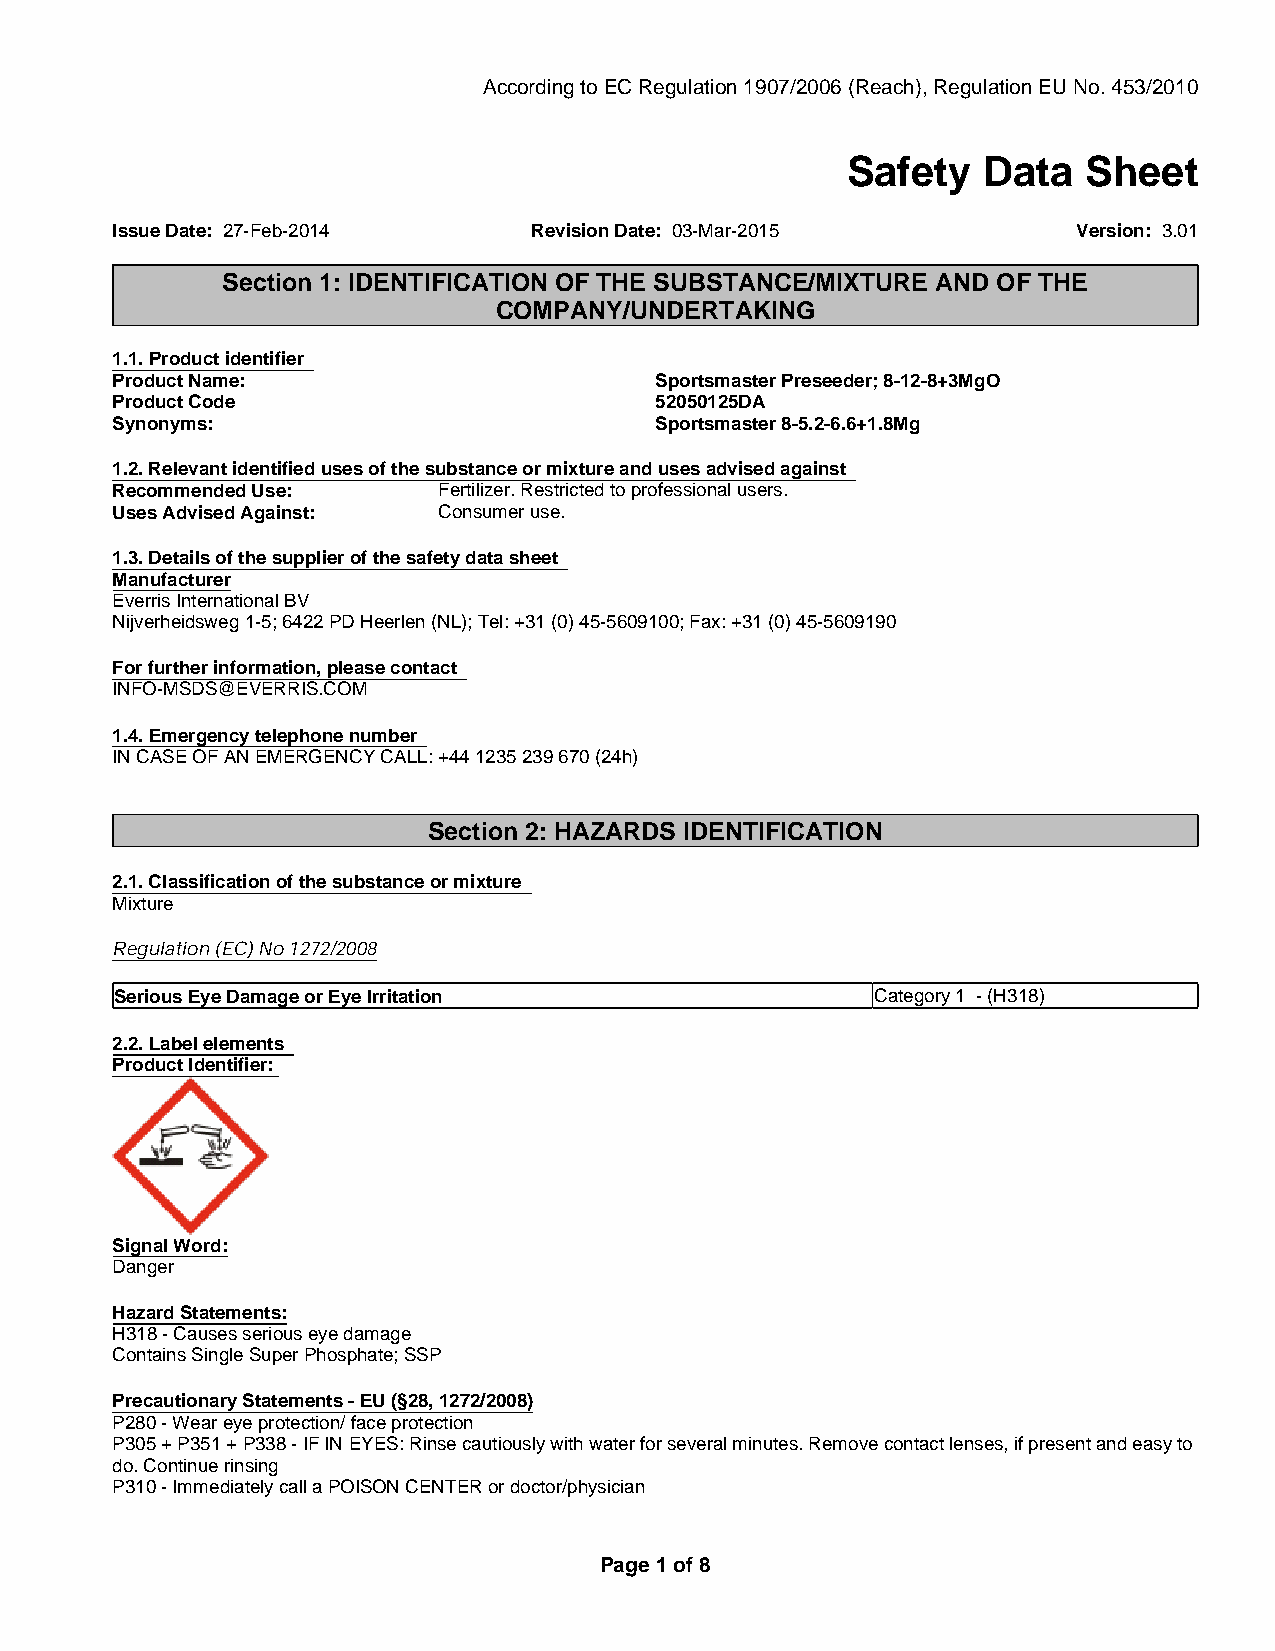
According to EC Regulation 1907/2006 (Reach), Regulation EU No. 453/2010
 Safety   Data   Sheet
 Issue Date: 27-Feb-2014     Revision Date: 03-Mar-2015          Version: 3.01
 Section 1: IDENTIFICATION OF THE SUBSTANCE/MIXTURE AND OF THE
 COMPANY/UNDERTAKING
 1.1. Product identifier
 Product Name:                       Sportsmaster Preseeder; 8-12-8+3MgO
 Product Code                        52050125DA
 Synonyms:                           Sportsmaster 8-5.2-6.6+1.8Mg
 1.2. Relevant identified uses of the substance or mixture and uses advised against
 Recommended Use:      Fertilizer. Restricted to professional users.
 Uses Advised Against: Consumer use.
 1.3. Details of the supplier of the safety data sheet
 Manufacturer
 Everris International BV
 Nijverheidsweg 1-5; 6422 PD Heerlen (NL); Tel: +31 (0) 45-5609100; Fax: +31 (0) 45-5609190
 For further information, please contact
 INFO-MSDS@EVERRIS.COM
 1.4. Emergency telephone number
 IN CASE OF AN EMERGENCY CALL: +44 1235 239 670 (24h)
 Section 2: HAZARDS IDENTIFICATION
 2.1. Classification of the substance or mixture
 Mixture
 Regulation (EC) No 1272/2008
 Serious Eye Damage or Eye Irritation              Category 1 - (H318)
 2.2. Label elements
 Product Identifier:
 Signal Word:
 Danger
 Hazard Statements:
 H318 - Causes serious eye damage
 Contains Single Super Phosphate; SSP
 Precautionary Statements - EU (§28, 1272/2008)
 P280 - Wear eye protection/ face protection
 P305 + P351 + P338 - IF IN EYES: Rinse cautiously with water for several minutes. Remove contact lenses, if present and easy to
 do. Continue rinsing
 P310 - Immediately call a POISON CENTER or doctor/physician
 Page 1 of 8